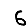
Digit: 6